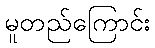
မူတည်ကြောင်း